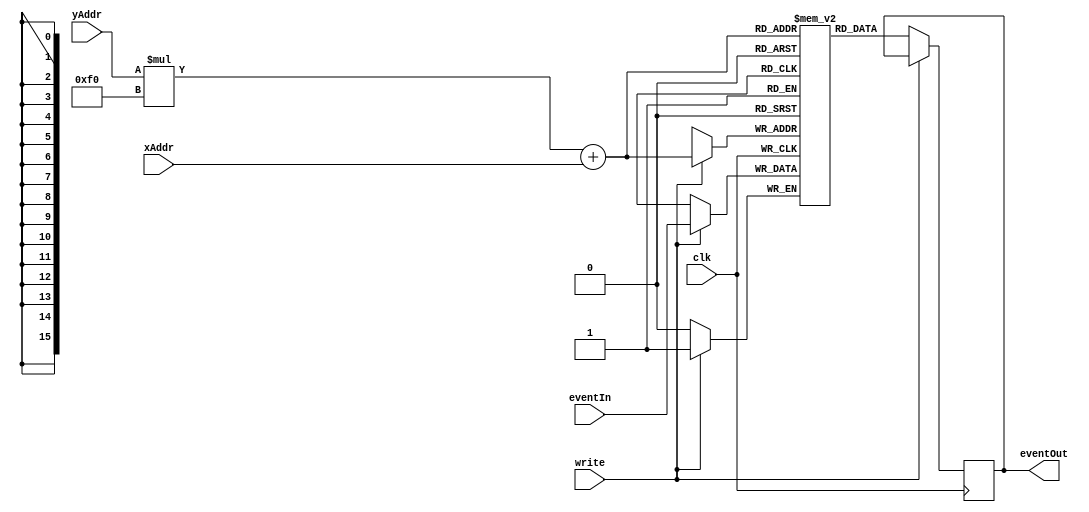
///////////////////////////////////////////////////////////////////////////////////////////////////
// Company: <Name>
//
// File history:
//      <Revision number>: <Date>: <Comments>
//      <Revision number>: <Date>: <Comments>
//      <Revision number>: <Date>: <Comments>
//
// Description: 
//
// <Description here>
//
// Targeted device: <Family::IGLOO2> <Die::M2GL090T> <Package::484 FBGA>
//
/////////////////////////////////////////////////////////////////////////////////////////////////// 

//`timescale <time_units> / <precision>

module imageROM( xAddr, yAddr, eventIn, clk, write, eventOut );
input [7:0] xAddr;
input [7:0] yAddr;
input eventIn;
input clk;
input write;
output reg eventOut;

//<statements>
localparam IMWIDTH = 240;
localparam IMHEIGHT = 180;

reg imageArray [0:(IMWIDTH+2)*(IMHEIGHT+2) - 1];    // synthesis syn_ramstyle = rw_check
reg [15:0] addressReg;
wire [15:0] flattenedAddr;

assign flattenedAddr = yAddr*IMWIDTH + xAddr;

always @ (posedge clk) begin
    addressReg = flattenedAddr;
    if (write) begin
        imageArray[addressReg] <= eventIn;
    end
    else begin
        eventOut <= imageArray[addressReg];
    end
end

endmodule